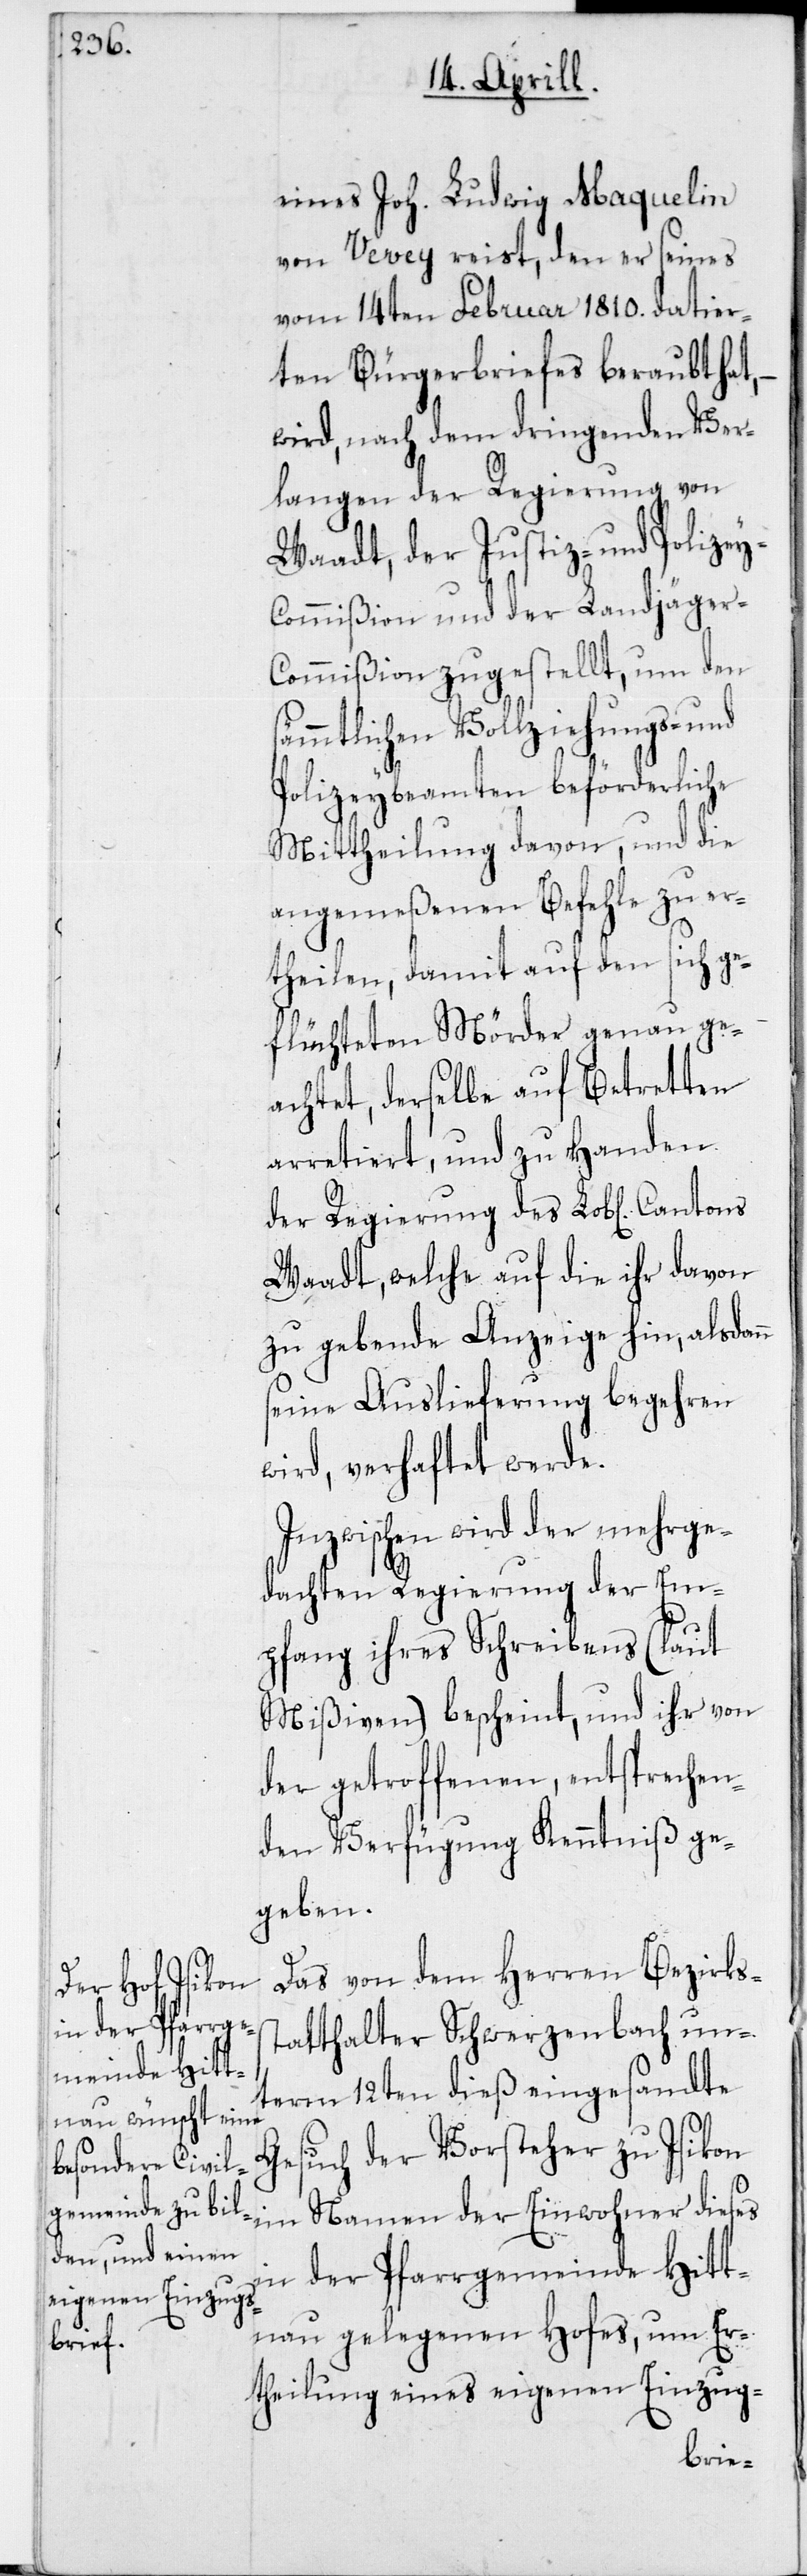
eines Joh. Ludwig Maquelin
von Vevey reist, den er seines
vom 14ten Februar 1810. datier¬
ten Bürgerbriefes beraubt hat,
wird, nach dem dringenden Ver¬
langen der Regierung von
Waadt, der Justiz- und Polize¬
y-Commißion und der Landjäger-C¬
ommißion zugestellt, um den
sämmtlichen Vollziehungs- und
Polizeybeamten beförderliche
Mittheilung davon, und die
angemeßenen Befehle zu er¬
theilen, damit auf den sich ge¬
flüchteten Mörder genau ge¬
achtet, derselbe auf Betretten
arretiert, und zu Handen
der Regierung des Lob[lichen]
Waadt, welche auf die ihr davon
zu gebende Anzeige hin, alsdann
seine Auslieferung begehren
wird, verhaftet werde.
Inzwischen wird der mehrge¬
dachten Regierung der Em¬
pfang ihres Schreibens (laut
Mißiven) bescheint, und ihr von
der getroffenen, entsprechen¬
den Verfügung Kenntniß ge¬
geben.
Das von dem Herren Bezirkss¬
tatthalter Schwerzenbach un¬
term 12ten dieß eingesandte
Gesuch der Vorsteher zu Isikon
im Namen der Einwohner dieses
in der Pfarrgemeinde Hitt¬
nau gelegenen Hofes, um Er¬
theilung eines eigenen Einzug-